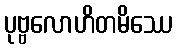
ပုဗ္ဗလောဟိတမိဿေ